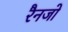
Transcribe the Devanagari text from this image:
रैनजो